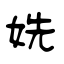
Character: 姺